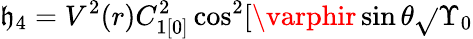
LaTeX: \mathfrak{h}_{4}=V^{2}(r)C_{1[0]}^{2}\cos^{2}[\varphir\sin\theta\sqrt{}{{\Upsilon_{0}}}